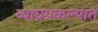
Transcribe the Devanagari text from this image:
व्याघ्रप्रकल्पात